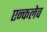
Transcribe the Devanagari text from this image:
एन्कलेव